NAE_ERA_R-2632_ENSV_TA_Emakeele_Selts_1945-1955, lk 3
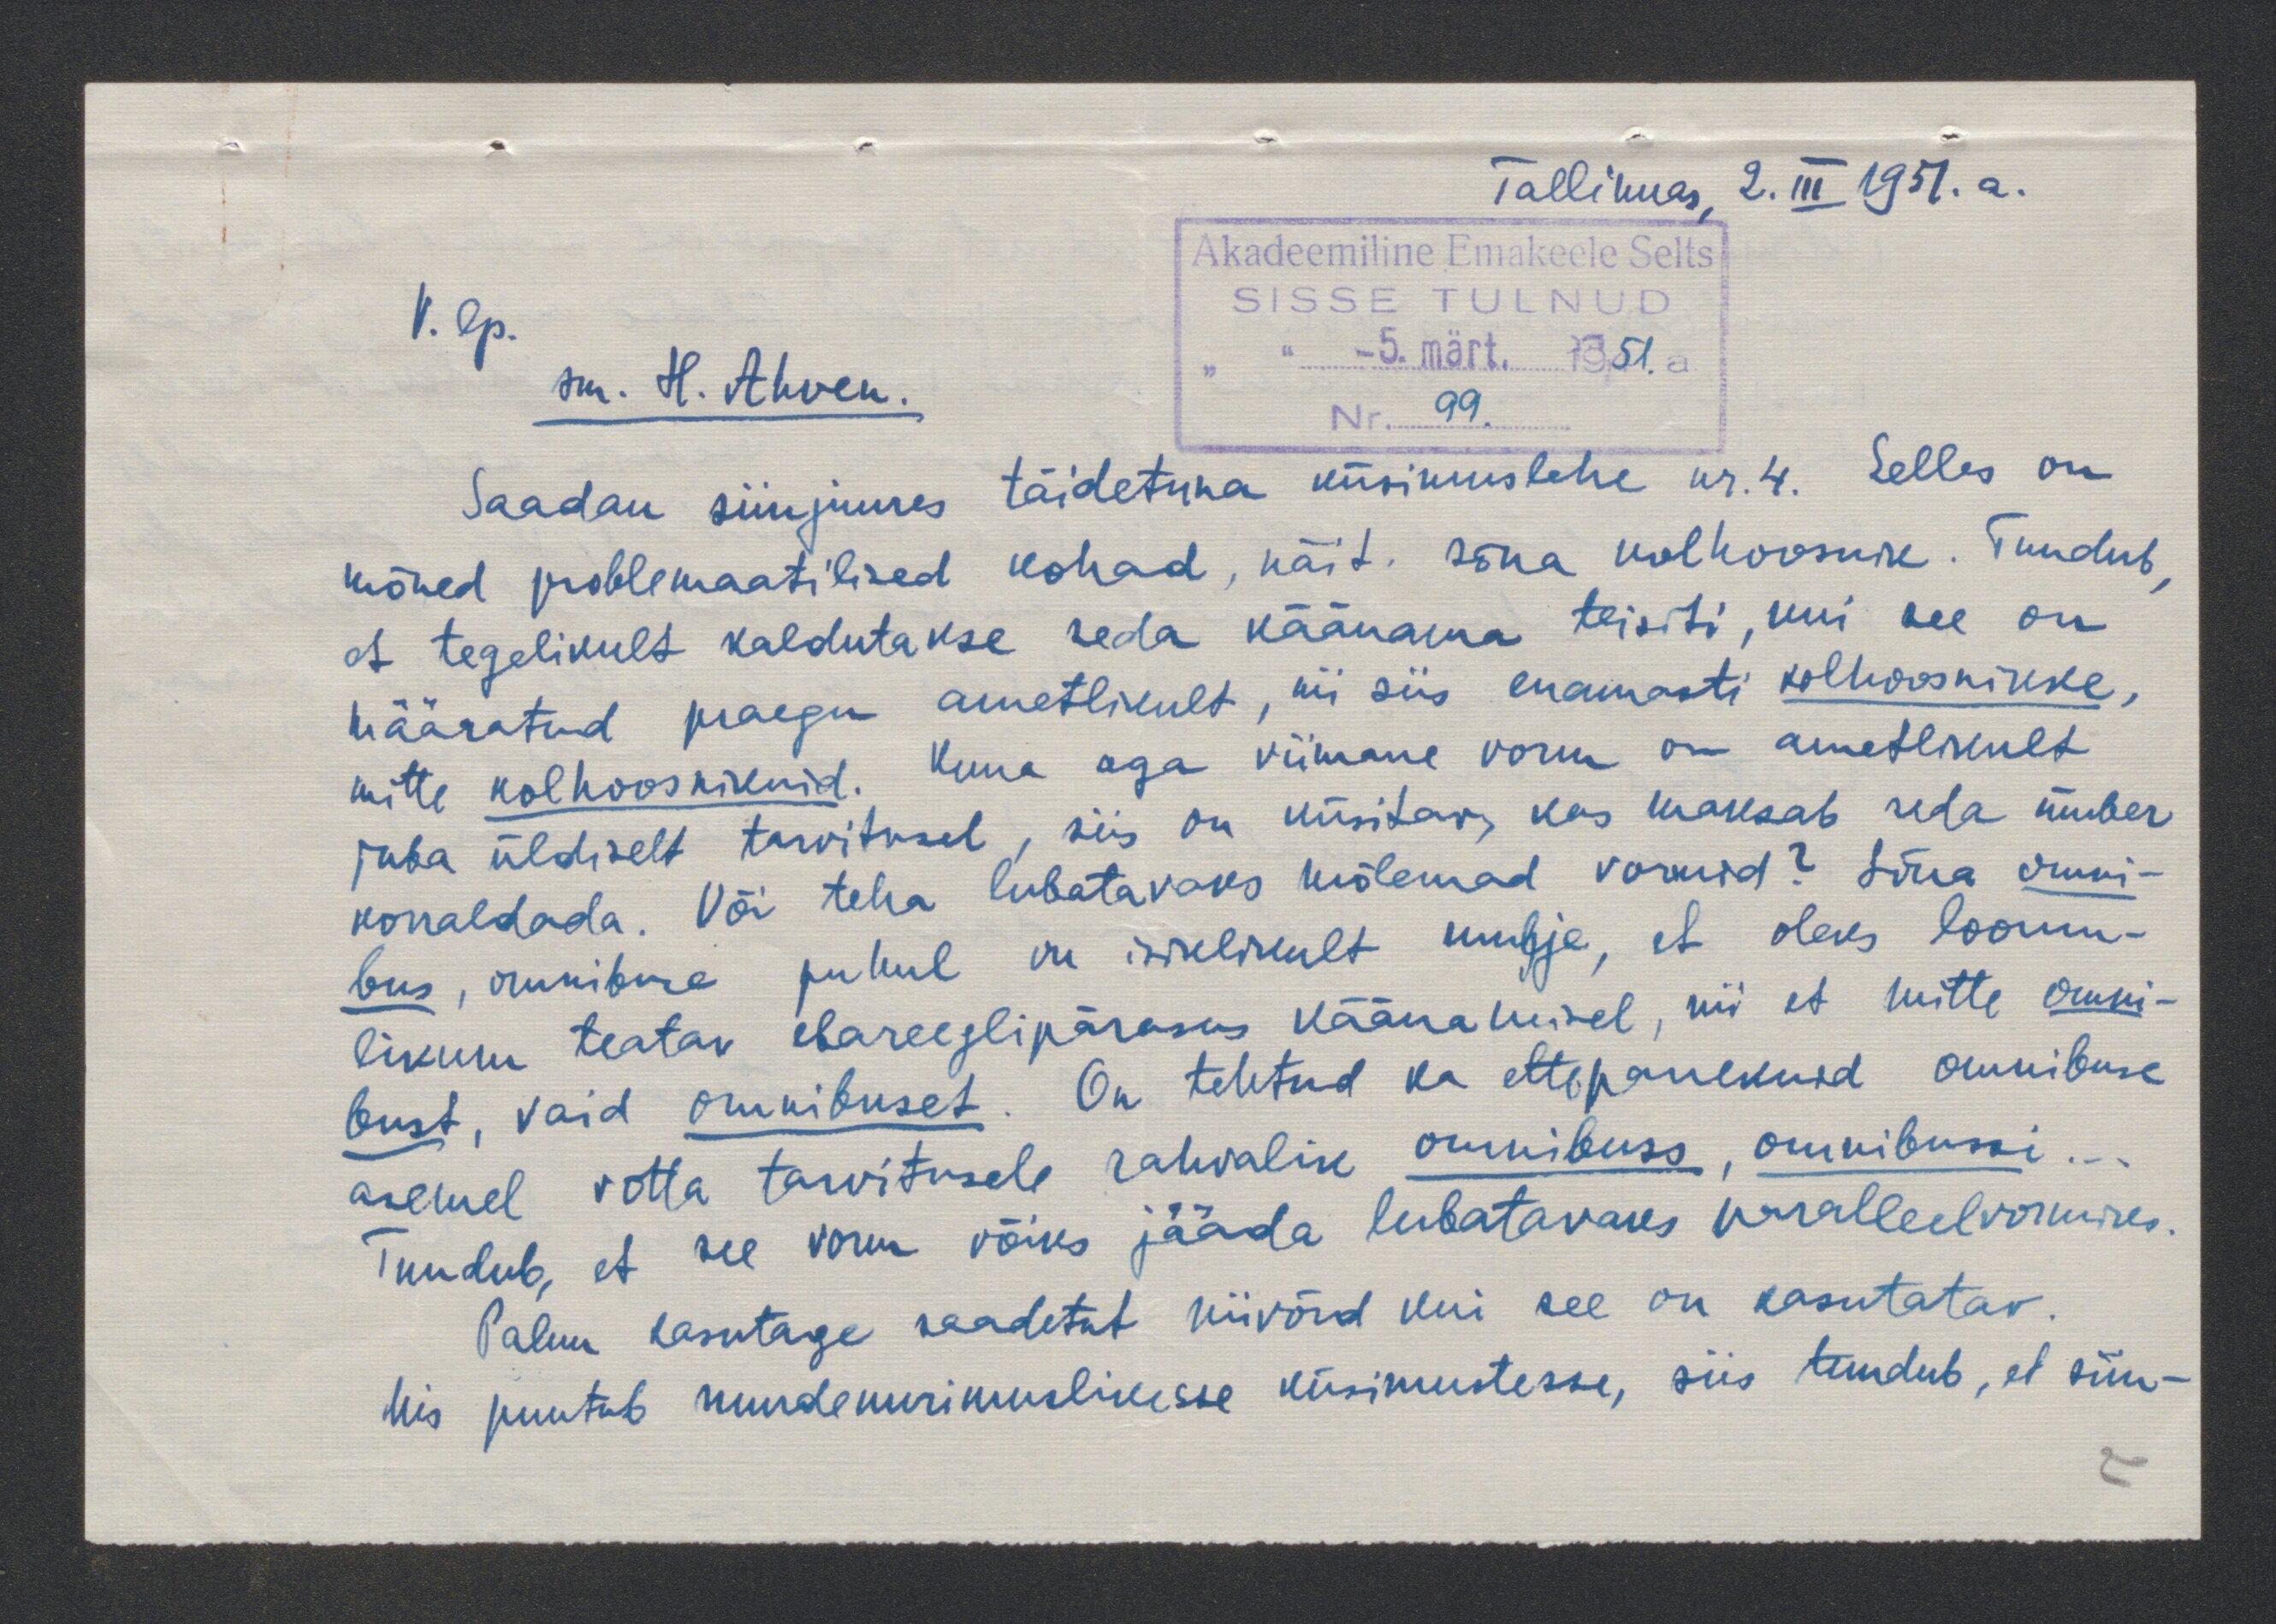
Tallinnas 2. III 1951. a.
V. lp.
sm. H. Ahven
Saadan sinjuures täidetuna küsimuslehe nr.4. Selles on
mõned problemaatilised kohad, näit. sõna kolhoosnik. Tundub
et tegelikult kaldutakse seda käänama teisiti, kui see on
määratud praegu ametlikult, nii siis enamasti kolhoosnikke,
mitte kolhoosnikuid. Kuna aga viimane vorm on ametlikult
juba üldiselt tarvitusel, siis on küsitav, kas maksab seda ümber
korraldada. Või teha lubatavaks mõlemad vornid? Sõna omni-
bus, omnibuse puhul on isiklikult mulje, et oleks loomu-
likum teatav ebareeglipärasus käänatuidel, nii et mitte omni-
bust, vaid omnibuset. On tehtud ka ettepanekuid omnibuse
asemel võtta tarvitusele rahvalik omnibuss, omnibussi
Tundub, et see vorm võiks jääda lubatavaks paralleelvormiks.
Palun kasutage saadetut niivõrd kui see on kasutatav.
Mis puutub murdeuurimuslikesse küsimustesse, siis tundub, et siin